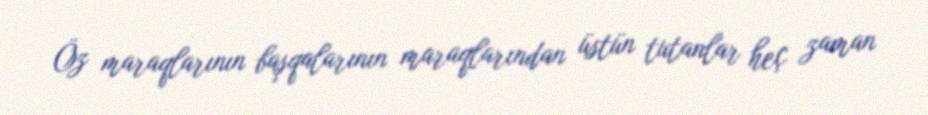
Öz maraqlarının başqalarının maraqlarından üstün tutanlar heç zaman